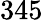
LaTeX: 345